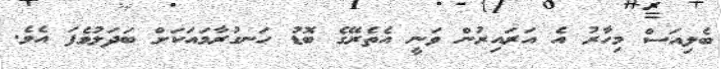
ބެލިއަސް މިހާރު އެ އަރައިރުން ވަނީ އެތެރޭގެ ބޮޑު ހަނގުރާމައަކަށް ބަދަލުވެފަ އެވެ.